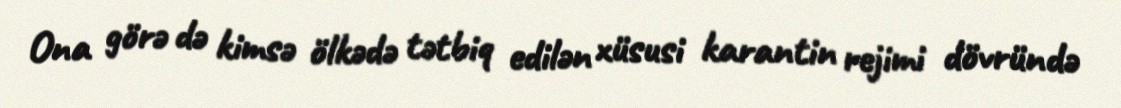
Ona görə də kimsə ölkədə tətbiq edilən xüsusi karantin rejimi dövründə